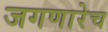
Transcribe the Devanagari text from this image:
जगणारेच